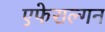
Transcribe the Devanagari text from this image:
एफेराल्गन